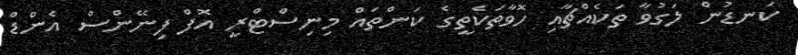
ކަނޑުން ލަގުވާ ތަކެއްޗާއި ހޮވާތަކެތީގެ ކަންތައް މިނިސްޓްރީ އޮފް ފިނޭންސް އެންޑް